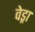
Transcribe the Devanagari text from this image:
वेड्रा